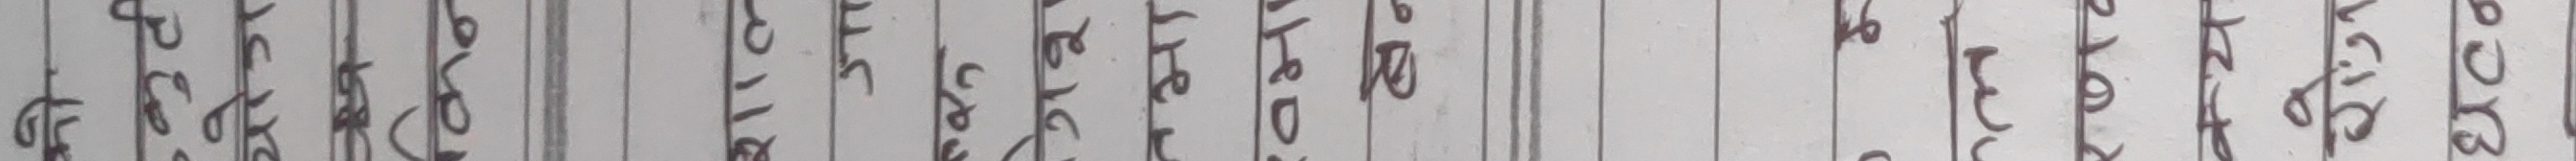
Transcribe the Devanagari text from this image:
छेडछ्छाड गरी